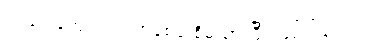
ဥပဒေ ကျောင်းတက်စေဖို့ စီမံထားပြီး ဖြစ်ပါသည်။